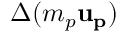
\Delta ( m _ { p } { \bf { u _ { p } } } )